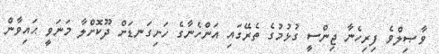
ވާޞިލްވެ ފިރިހެނާ ޖިންސީ ގުޅުމުގެ ތެރޭގައި އަންހެނާގެ ހަށިގަނޑަށް ދޫކޮށްލާ މަނަވީ ޙައިވާން